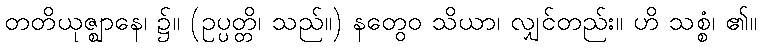
တတိယုဇ္ဈာနေ၊ ၌။ (ဥပ္ပတ္တိ၊ သည်။) နတွေဝ သိယာ၊ လျှင်တည်း။ ဟိ သစ္စံ၊ ၏။